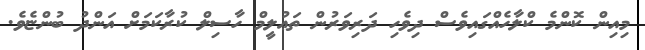
މިއިން ކޮންމެ ކްލާހެއްގައިވެސް ދިވެހި ދަރިވަރުން ތަޢުލީމް ހާސިލް ކުރާކަމަށް އަންދު ބުންޏެވެ.